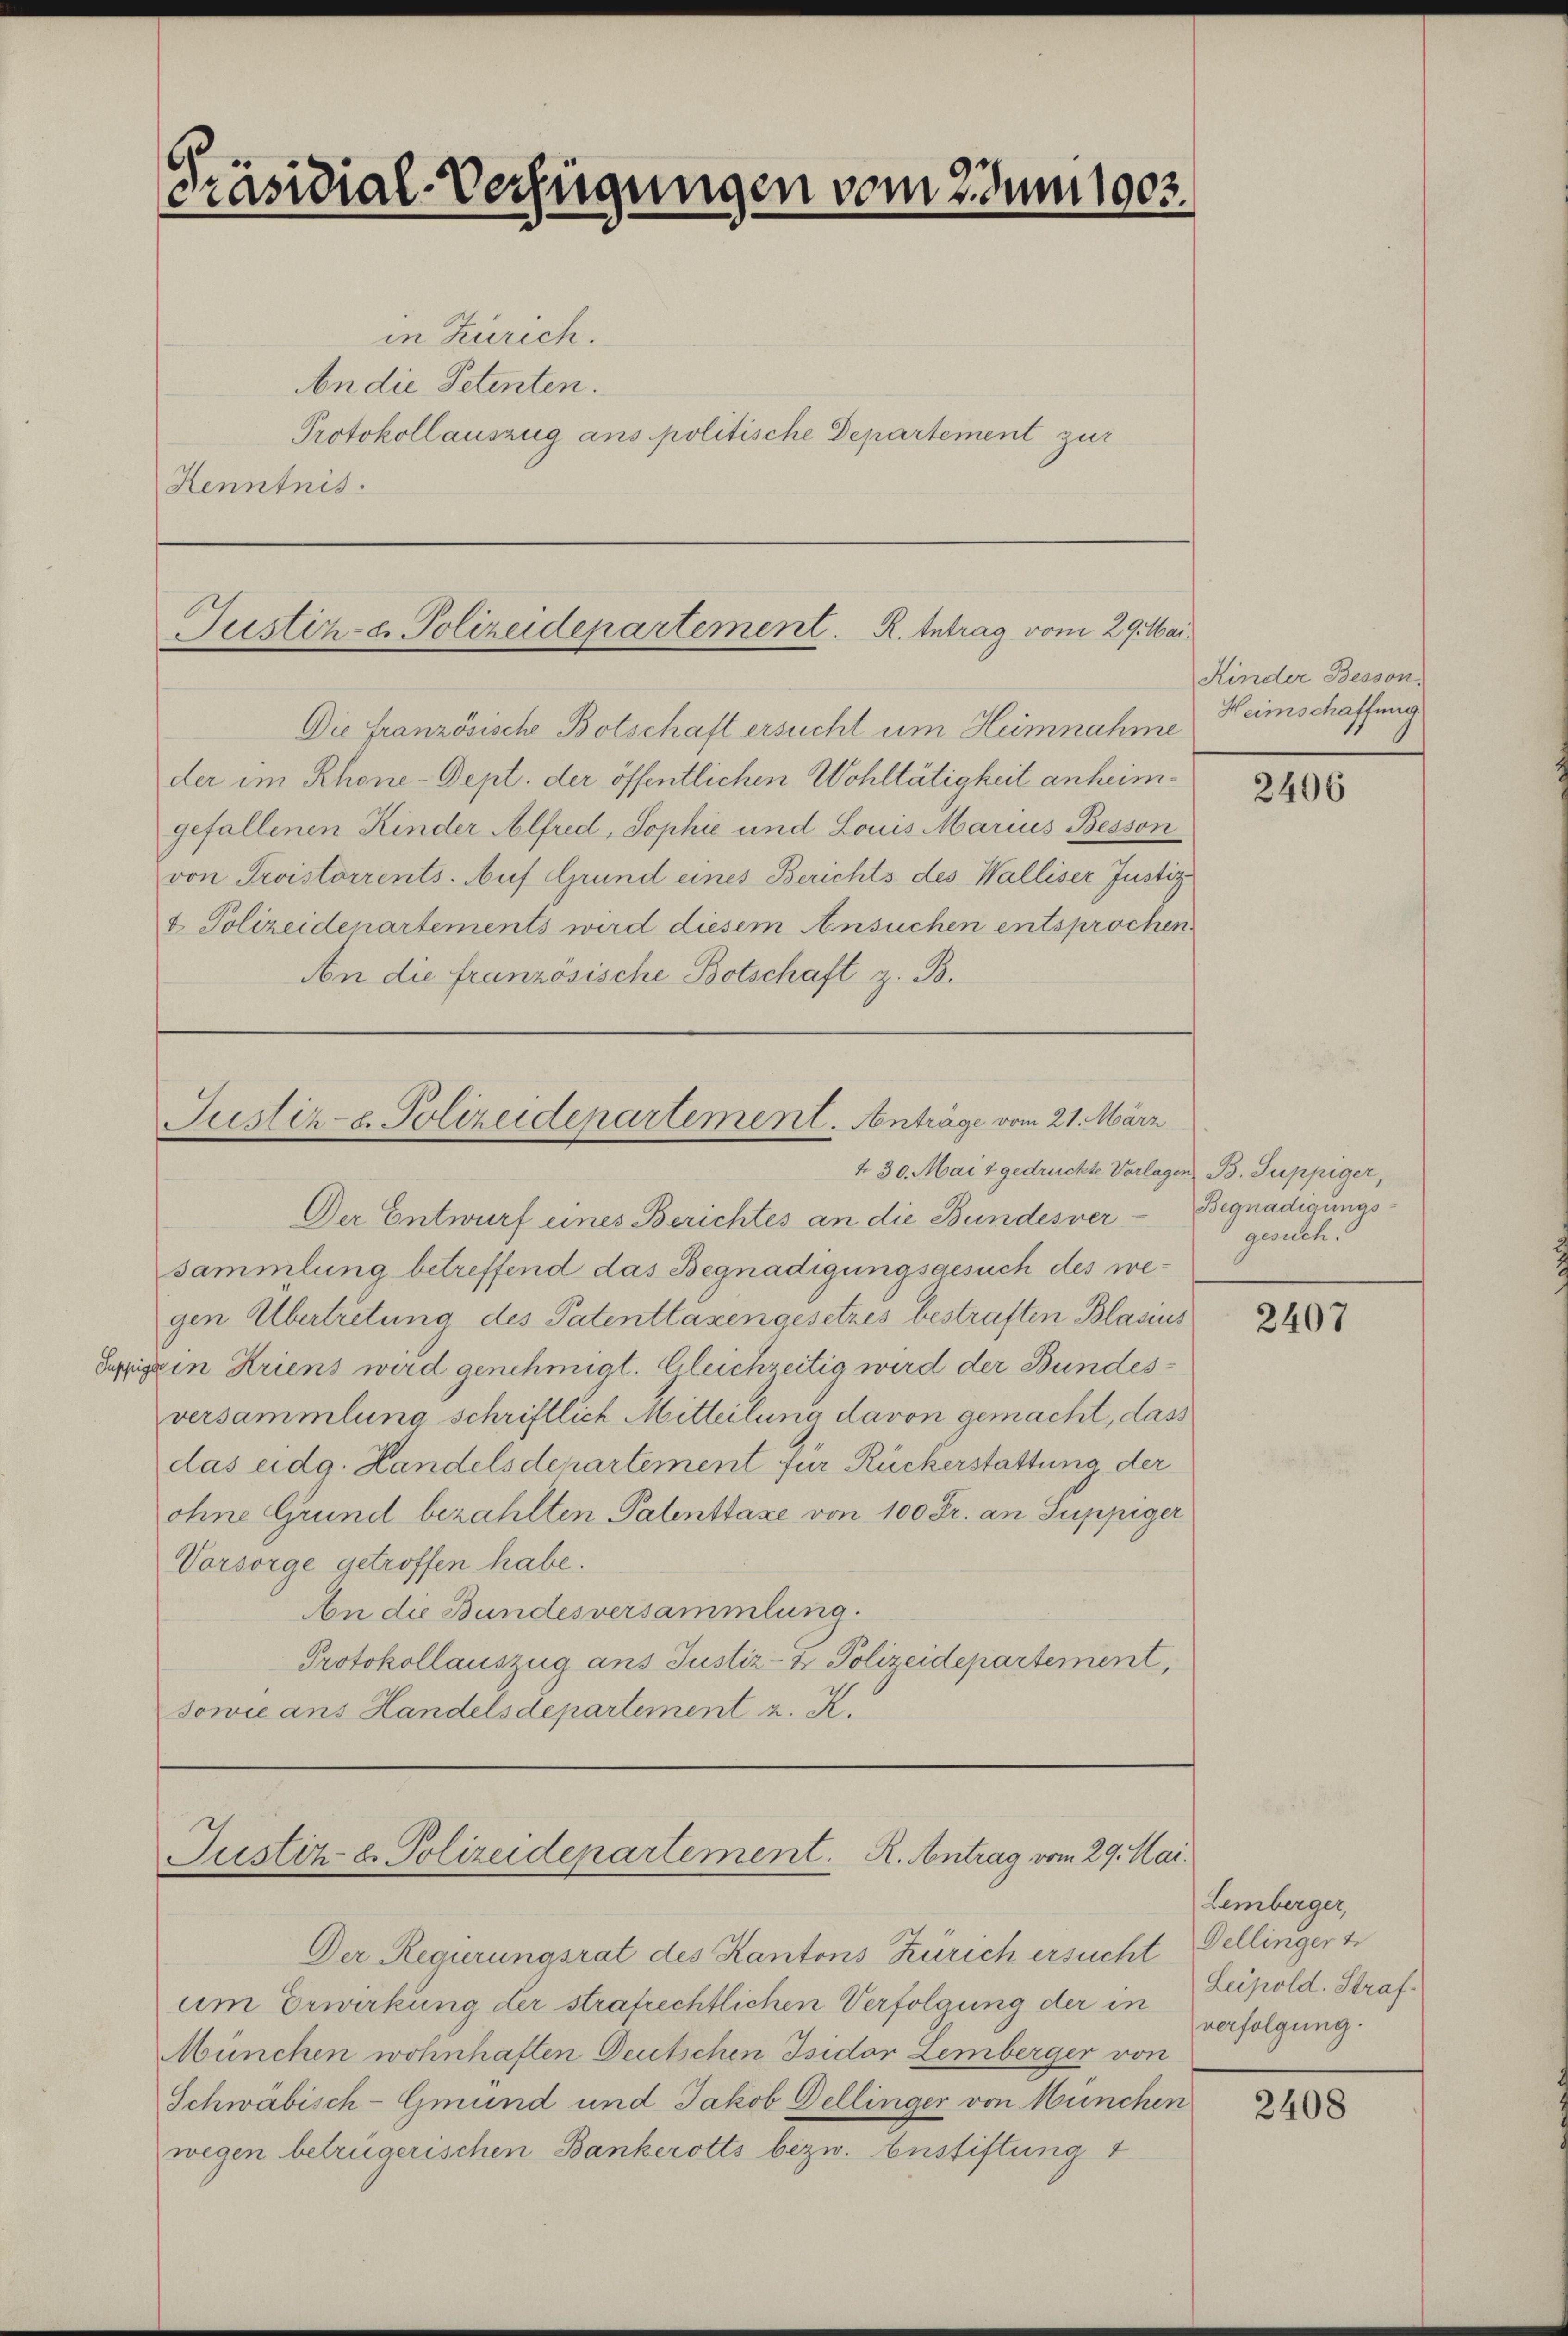
Präsidial-Verfügungen vom Zunges

in Zürich.
An die Petenten.
Protokoll auszug ans politische Departement zur
Kenntnis.

Die französische Botschaft ersucht um Heimnahme
der im Rhone-Dept. der öffentlichen Wohltätigkeit anheimgefallenen Kinder Alfred, Sophie und Louis Marius Besson
von Troistorrents. Auf Grund eines Berichts des Walliser Justiz
& Polizeidenartements wird diesem Ansuchen entsprochen
An die französische Botschaft z. B.

Justiz- & Polizeidepartement. R. Antrag vom 29. Mai.

Justiz- u. Polizeidepartement. Anträge vom 21. März
t. 30. Mai & gedruckte Vorlagen B. Puppiger,

Der Entwurf eines Berichtes an die Bundesver- Begnadigungssammlung betreffend das Begnadigungsgesuch des wegen Übertretung des Patenttaxen gesetzes bestraften Blasius
Supigin Kriens wird genehmigt. Gleichzeitig wird der Bundesversammlung schriftlich Mitteilung davon gemacht, dass
das eidg. Handelsdepartement für Rückerstattung der
ohne Grund bezahlten Patenttaxe von 100 Fr. an Suppiger
Vorsorge getroffen habe.
An die Bundesversammlung.
Protokollauszug ans Justiz- & Polizeidepartement,
sowie ans Handelsdepartement z. R.

Justiz- u. Polizeidepartement. R. Antrag vom 29. Mai.

Der Regierungsrat des Kantons Zürich ersucht Pellinger
um Erwirkung der strafrechtlichen Verfolgung der in
München wohnhaften Deutschen Isidor Lemberger von
Schwäbisch-Gmund und Jakob Dellinger von München
wegen betrügerischen Bankerotts bezw. Eustiftung 1

Kinder Besson,
Heimschaffung

2406

gesuch.

2407

Lemberger,
Leipold. Straf.
verfolgung.

2408